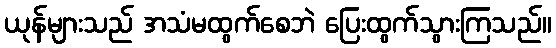
ယုန်များသည် အသံမထွက်စေဘဲ ပြေးထွက်သွားကြသည်။